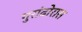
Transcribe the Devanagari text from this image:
गुरांढोरास